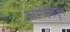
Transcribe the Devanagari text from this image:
रत्नागिरीकडून